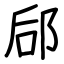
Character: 郈